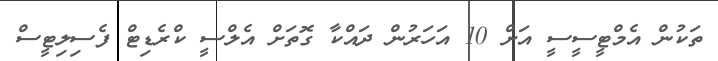
ތަކުން އެމްޓީސީސީ އަށް 10 އަހަރުން ދައްކާ ގޮތަށް އެލްސީ ކްރެޑިޓް ފެސިލިޓީސް